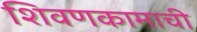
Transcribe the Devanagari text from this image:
शिवणकामाची